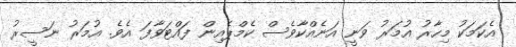
އެކަމަކު މިހާރު އުމަރު ވަނީ އަނެއްކާވެސް ކެމްޕެއިން ފައްޓަވާފަ އެވެ. އުމަރު ނަސީރު